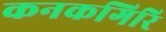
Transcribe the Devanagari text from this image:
कनकगिरि